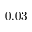
0 . 0 3